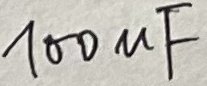
Text: 100µF